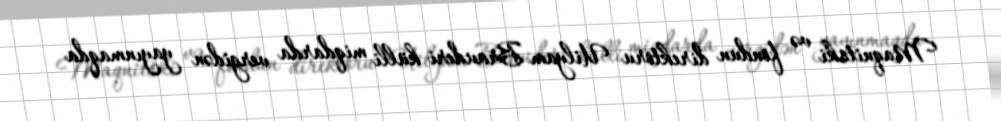
Maqnitski və fondun direktoru Uilyam Brauderi külli miqdarda vergidən yayınmaqda